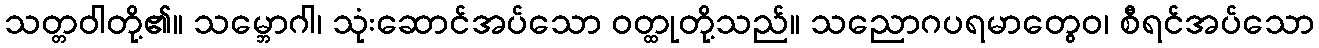
သတ္တဝါတို့၏။ သမ္ဘောဂါ၊ သုံးဆောင်အပ်သော ဝတ္ထုတို့သည်။ သညောဂပရမာတွေဝ၊ စီရင်အပ်သော